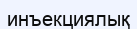
инъекциялық